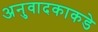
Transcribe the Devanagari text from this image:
अनुवादकाकडे